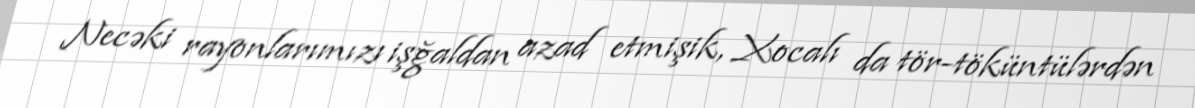
Necəki rayonlarımızı işğaldan azad etmişik, Xocalı da tör-töküntülərdən